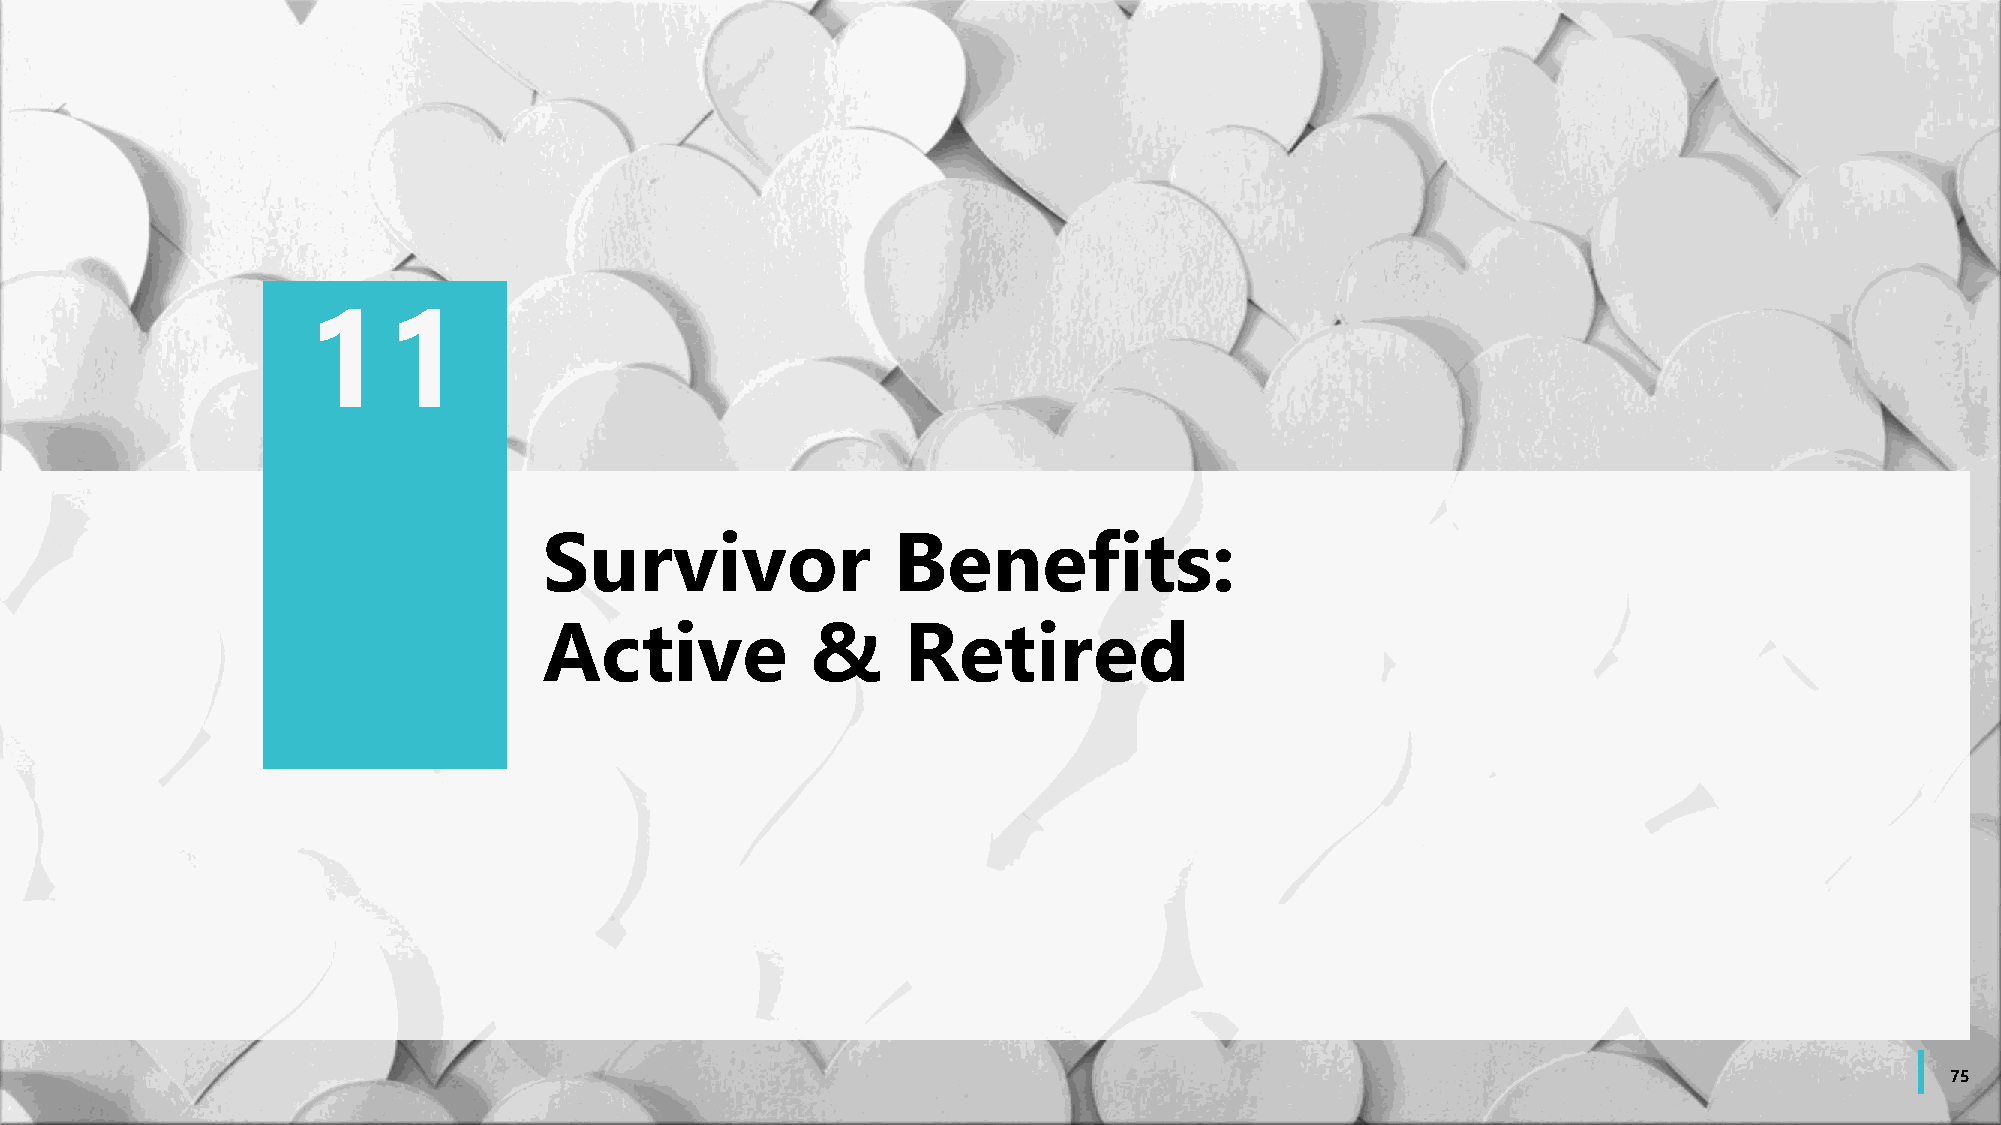
11
 Survivor               Benefits:
 Active            &     Retired
 75